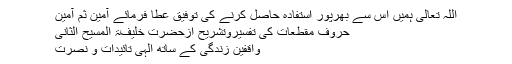
اللہ تعالی ہمیں اس سے بھرپور استفادہ حاصل کرنے کی توفیق عطا فرمائے آمین ثم آمین
حروفِ مقطعات کی تفسیروتشریح ازحضرت خلیفۃ المسیح الثانیؓ
واقفین زندگی کے ساتھ الہٰی تائیدات و نصرت